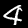
Label: 4